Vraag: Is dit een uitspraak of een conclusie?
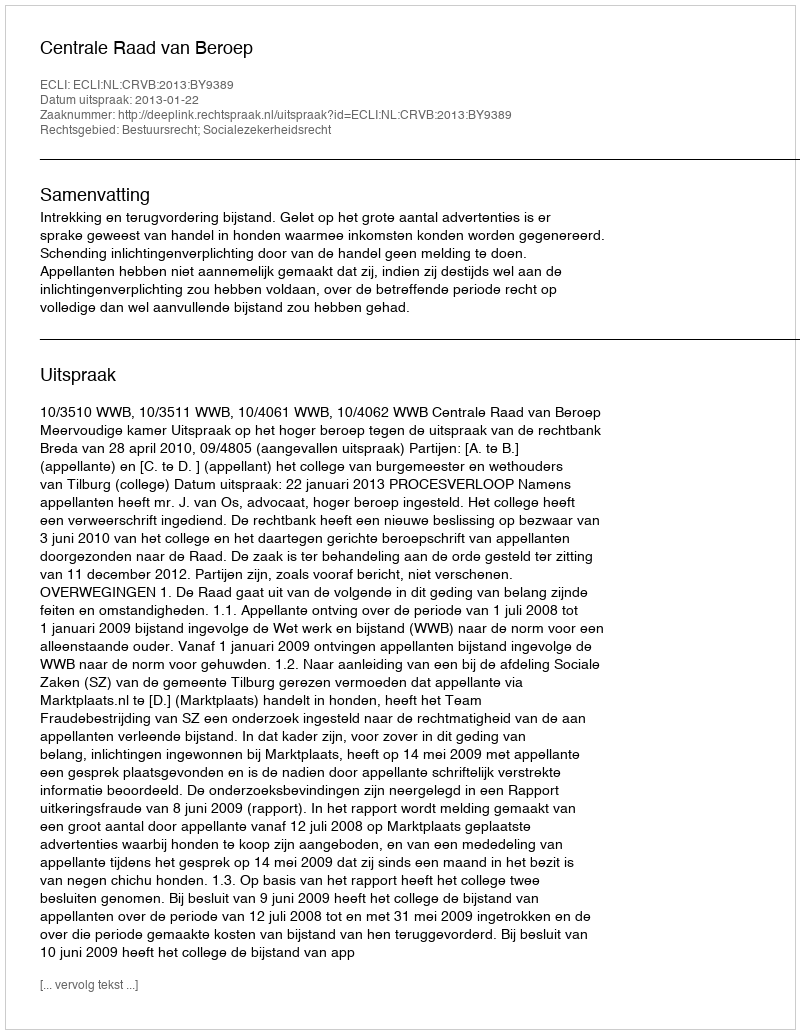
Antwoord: Uitspraak